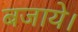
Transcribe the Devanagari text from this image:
बजाये।